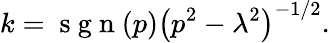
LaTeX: k=\mathrm{~s~g~n~}(p)\left(p^{2}-\lambda^{2}\right)^{-1/2}.